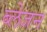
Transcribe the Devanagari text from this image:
ब्लेजन